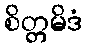
စိတ္တမိဒံ